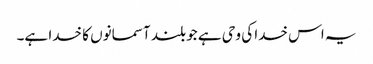
یہ اس خدا کی وحی ہے جو بلند آسمانوں کا خدا ہے۔